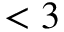
< 3